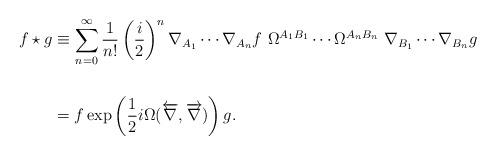
LaTeX: \begin{align*}f\star g &\equiv \sum_{n=0}^{\infty} \frac{1}{n!}\left( \frac{i}{2} \right)^n \nabla_{A_1}\cdots \nabla_{A_n} f\ \Omega^{A_1B_1}\cdots\Omega^{A_nB_n}\ \nabla_{B_1}\cdots\nabla_{B_n} g \\\\&= f \exp \left(\frac{1}{2}i\Omega(\overleftarrow{\nabla},\overrightarrow{\nabla}) \right) g.\end{align*}